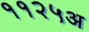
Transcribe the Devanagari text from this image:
११२५अ